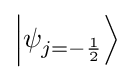
\left|\psi _{j=-{\frac {1}{2}}}\right\rangle